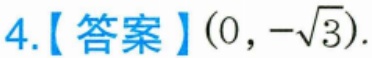
4.【答案】$(0,-\sqrt{3})$.